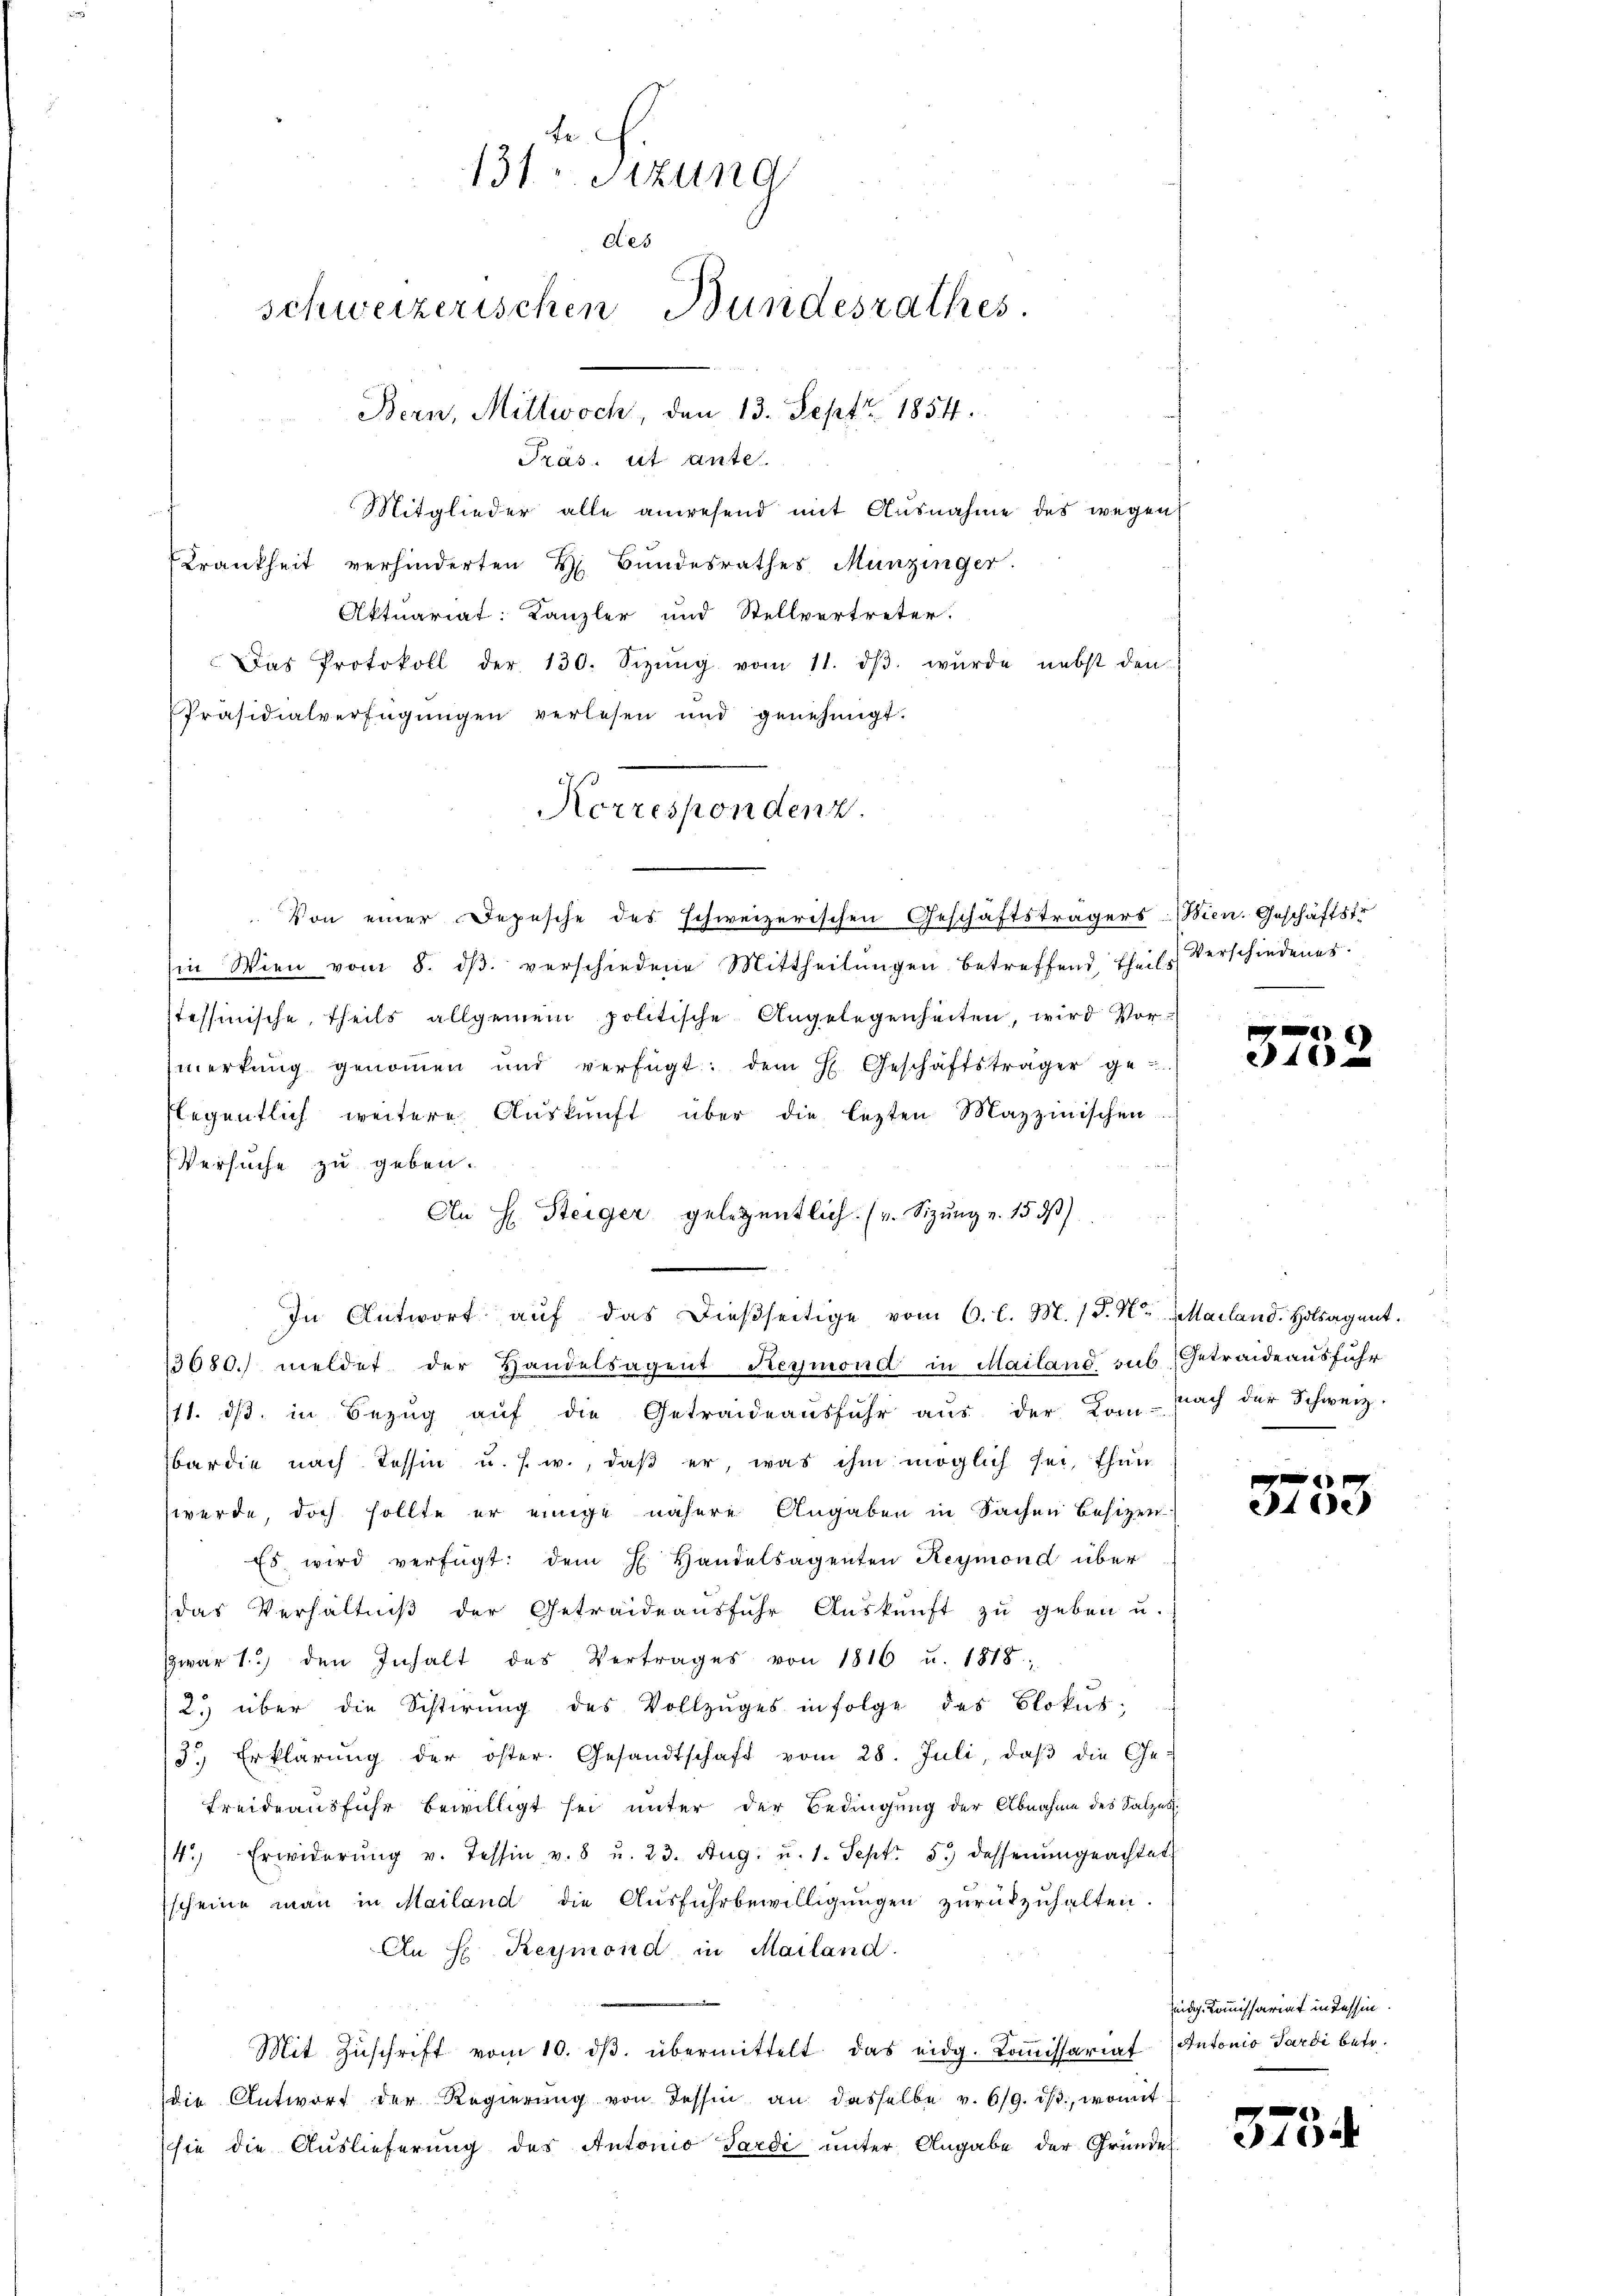
te.
131. Sizung
des
schweizerischen Bundesrathes.
Bern, Mittwoch, den 13. Sept. 1854.

Präs. cit Ante
Mitglieder alle anwesend mit Ausnahme des wegen
Krankheit verhinderten H. Bŭndesrathes Munzinger.
Aktuariat: Kanzler und Stellvertreter.
Das Protokoll der 130. Sizŭng vom 11. dβ wŭrde nebst den
Präsidialverfügungen verlesen und genehmigt.
Von einer Depesche des schweizerischen Geschäftsträgers: Wien. Geschäftstr
Ein Wien vom 8. dβ verschiedene Mittheilŭngen betreffend theils Verschiedener.
tessinische, theils allgemein politische Angelegenheiten, wird Vormerkŭng genoṁen und verfügt: dem H. Geschäftsträger ge-
slegentlich weitere Auskunft über die lezten Mazzinischen
Versuche zu geben.
An H. Steiger gelegentlich. (v. Sizŭng v. 15 d
In Antwort auf das dießseitige vom 6. l. M. (S. Nr. Mailand. Holsagent.
3680. meldet der Handelsagent Reymond in Mailand sub. Getraideausführ
11. dβ in Bezŭg aŭf die Getraideaŭsfŭhr aŭs der Kom-nach der Schweiz.
bar die nach Tessin u. s. w., daß er, was ihm möglich sei, thun
werde, doch sollte er einige nähere Angaben in Sachen Besizen
45 wird verfügt: dem H. Handelsagenten Reymond über
(das Verhältniß der Getraideausführ Auskunft zu geben u.
Zwar 1.) den Inhalt des Vertrages von 1816 u. 1818.
2. über die Sistirŭng des Vollzŭges in folge des Blokŭs;
3.) Erklärŭng der öster. Gesandtschaft vom 28. Juli, daβ die Ge-
Freideausfuhr bewilligt sei unter der Bedingung der Abnahme des Salzen.
14.) Erwiderŭng v. Tessin v. 8 u. 23. Aŭg. u. 1. Sept. 5. dessenŭngeachtet
scheine man in Mailand die Ausfuhrbewilligungen zurückzuhalten.
An H. Reymond in Mailand.
Mit Zŭschrift vom 10. dβ übermittelt das eidg. Koṁissariaf (Antonio Pardi betr.
die Antwort der Regierŭng von Tessin an dasselbe v. 619. dβ. womit
sie die Auslieferung des Antonio Sardi unter Angabe der Gründe

Korrespondenz.

)
10

n
ede

idg. Kommissariat in Tessin.

575